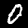
Digit: 0